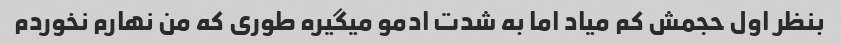
بنظر اول حجمش کم میاد اما به شدت ادمو میگیره طوری که من نهارم نخوردم